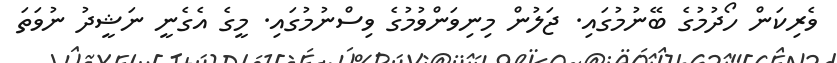
ވެރިކަން ހޯދުމުގެ ބޭނުމުގައި. ޖަލުން މިނިވަންވުމުގެ ވިސްނުމުގައި. މީގެ އެގެނީ ނަޝީދު ނުވަތަ